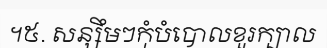
។៥. សន្សឹមៗកុំបំបោលខួរក្បាល